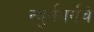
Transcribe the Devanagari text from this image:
न्युर्नबर्गचे